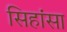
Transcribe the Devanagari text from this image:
सिहांसा